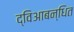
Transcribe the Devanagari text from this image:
द्विआबन्धित